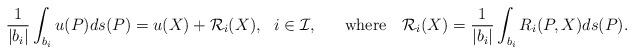
LaTeX: \begin{align*}\frac{1}{|b_i|}\int_{b_i}u(P)ds(P)=u(X)+\mathcal{R}_i(X), ~~ i\in\mathcal{I},~~~~~ \textrm{where }~~ \mathcal{R}_i(X)=\frac{1}{|b_i|}\int_{b_i}R_i(P,X)ds(P).\end{align*}